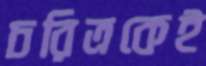
চরিত্রকেই